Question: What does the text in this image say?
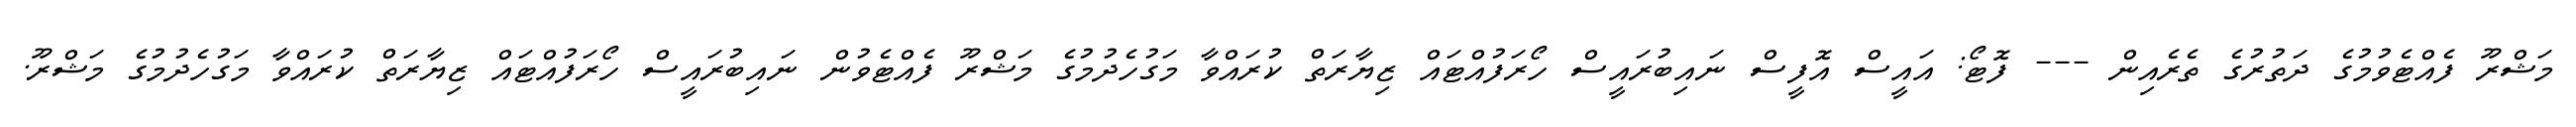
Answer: މަޝްރޫ ފެއްޓެވުމުގެ ދަތުރުގެ ތެރެއިން --- ފޮޓޯ: އައީސް އޮފީސް ނައިބުރައީސް ހޯރަފުއްޓައް ޒިޔާރަތް ކުރައްވާ މަގުހެދުމުގެ މަޝްރޫ ފެއްޓެވުން ނައިބުރައީސް ހޯރަފުއްޓައް ޒިޔާރަތް ކުރައްވާ މަގުހެދުމުގެ މަޝްރޫ.